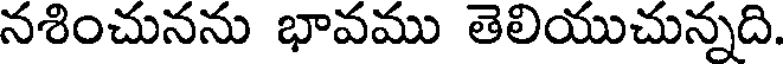
నశించునను భావము తెలియుచున్నది.